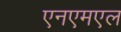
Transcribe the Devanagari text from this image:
एनएमएल